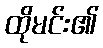
ထိုမင်း၏